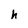
Character: h